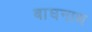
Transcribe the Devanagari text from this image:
बाघनाथ